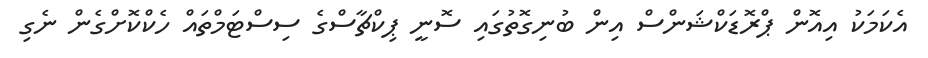
އެކަމަކު އިއޮން ޕްރޮޑަކްޝަންސް އިން ބުނިގޮތުގައި ސޮނީ ޕިކްޗާސްގެ ސިސްޓަމްތައް ހެކްކޮށްގެން ނެގި